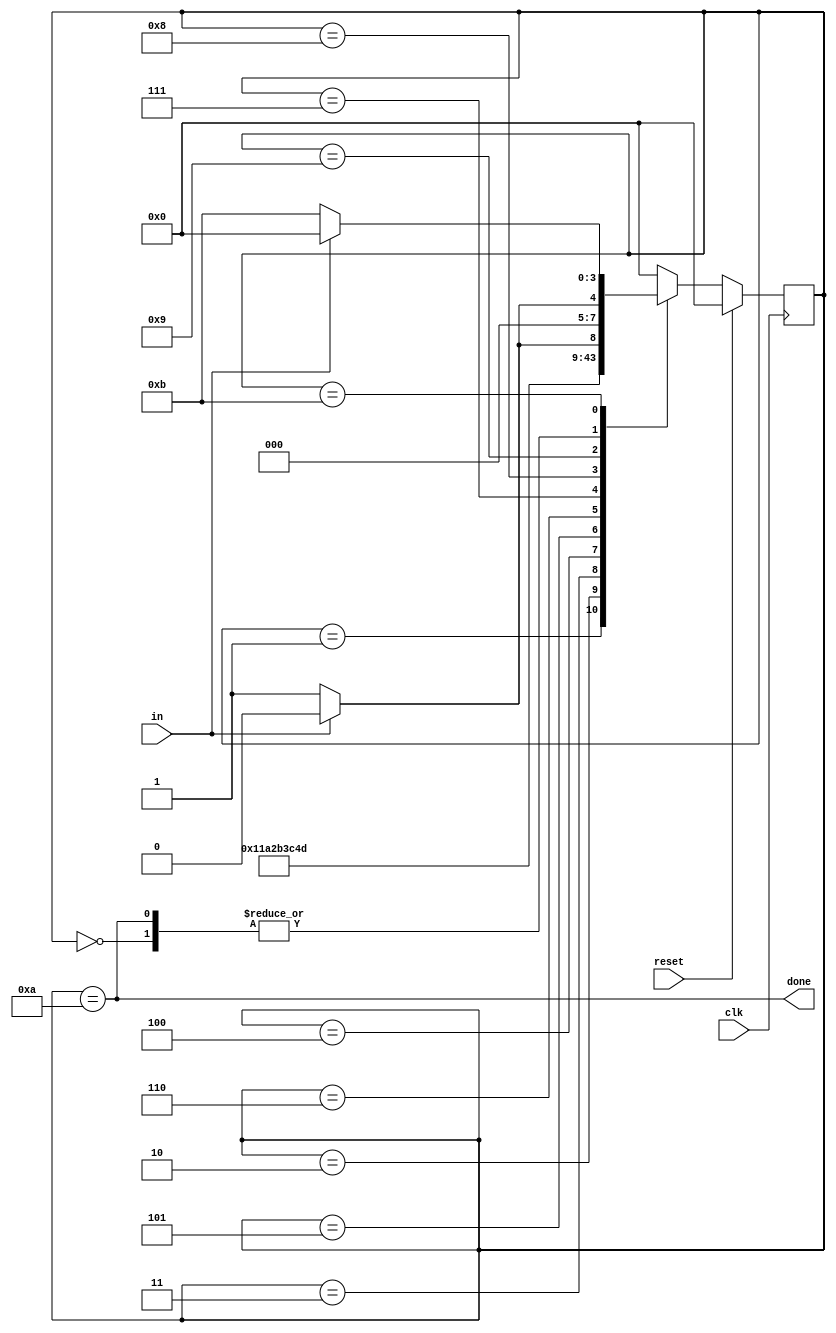
module top_module(
    input clk,
    input in,
    input reset,    // Synchronous reset
    output done
);
    localparam  IDLE=0, START=1, B1=2, B2=3, B3=4, B4=5, 
    			B5=6, B6=7, B7=8, B8=9, STOP=10, ERROR=11;
    
    reg [3:0] state, next_state;

    
    always @(posedge clk) begin
        if(reset)
            state <= IDLE;
        else
            state <= next_state;
    end

    always @(*) begin
        case(state)
            IDLE: next_state = in ? IDLE: START;
            START: next_state = B1;
            B1: next_state = B2;
            B2: next_state = B3;
            B3: next_state = B4;
            B4: next_state = B5;
            B5: next_state = B6;
            B6: next_state = B7;
            B7: next_state = B8;
            B8: next_state = in ? STOP : ERROR;
            STOP: next_state = in ? IDLE : START;
            ERROR: next_state = in ? IDLE : ERROR;
            default: next_state = IDLE;
        endcase
    end
    
    //output
    assign done = (state == STOP);
    
endmodule